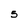
Character: 5